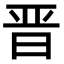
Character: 晋